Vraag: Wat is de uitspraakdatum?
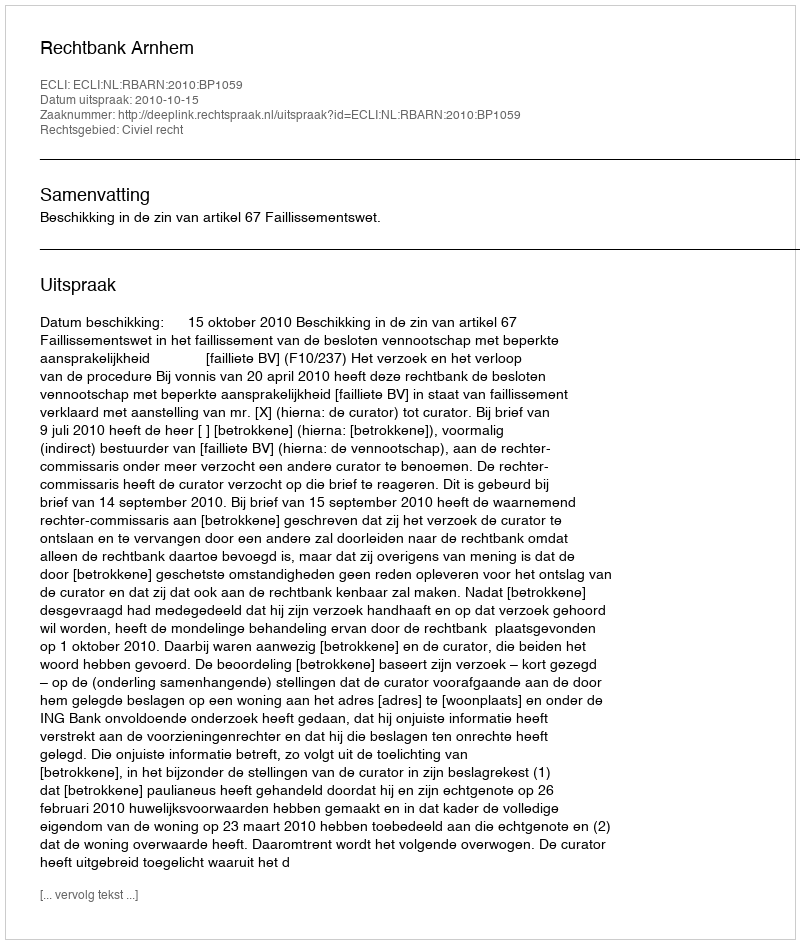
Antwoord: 2010-10-15